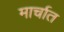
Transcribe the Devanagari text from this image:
मार्चात